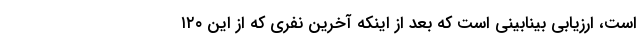
است، ارزیابی بینابینی است که بعد از اینکه آخرین نفری که از این ۱۲۰